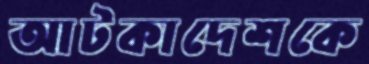
আটকাদেশকে